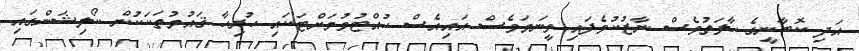
އަދި ކޮބާނީގެ ހާލަތުވެސް ނާޒުކުވެފައި ވީނަމަވެސް އައިއެސް ހުއްޓުވުމަށްޓަކައި ހުރިހާ ޤައުމުތަކަކުން ކޯލިޝަންގައި